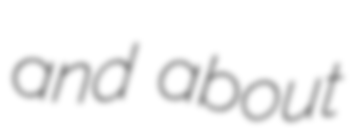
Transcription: and about